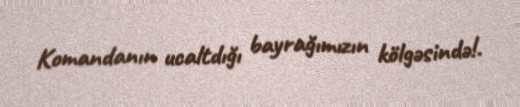
Komandanın ucaltdığı bayrağımızın kölgəsində!.